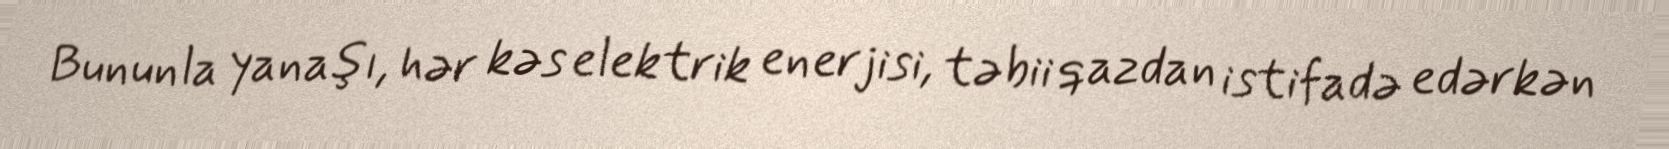
Bununla yanaşı, hər kəs elektrik enerjisi, təbii qazdan istifadə edərkən